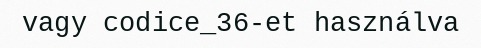
vagy codice_36-et használva